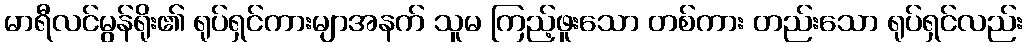
မာရီလင်မွန်ရိုး၏ ရုပ်ရှင်ကားမျာအနက် သူမ ကြည့်ဖူးသော တစ်ကား တည်းသော ရုပ်ရှင်လည်း